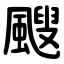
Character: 颼